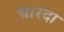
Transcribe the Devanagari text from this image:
चारदा